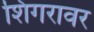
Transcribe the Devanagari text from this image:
शिंगरावर